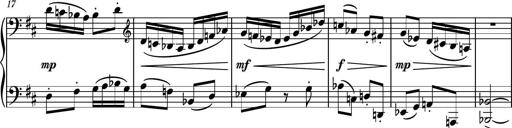
Title: Piano Sonatina No.4
Composer: Dimitri Sykias
Key: D major